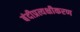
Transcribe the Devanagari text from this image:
बंदीप्रत्यक्षीकरण